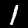
Digit: 1